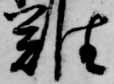
難